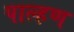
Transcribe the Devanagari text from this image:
पाल्हण